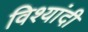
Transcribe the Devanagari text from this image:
विश्यांदी